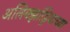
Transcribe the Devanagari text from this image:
अलिक्झांड्रियाच्या